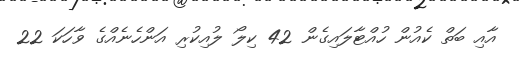
އާއި ބަތް ކެއުން ހުއްޓާލައިގެން 42 ކިލޯ ލުއިކުރި އަންހެނެއްގެ ވާހަކަ 22